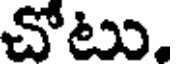
చోటు,